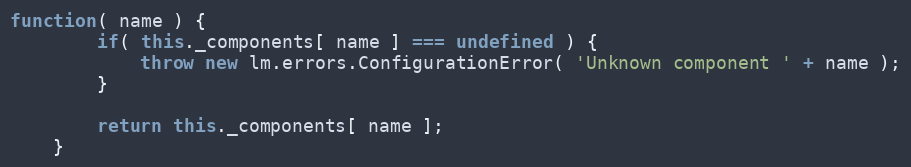
Language: JavaScript
function( name ) {
		if( this._components[ name ] === undefined ) {
			throw new lm.errors.ConfigurationError( 'Unknown component ' + name );
		}

		return this._components[ name ];
	}